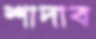
শাদাব